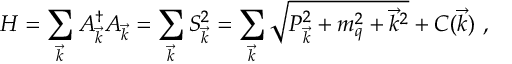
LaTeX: H = \sum _ { \vec { k } } A _ { \vec { k } } ^ { \dagger } A _ { \vec { k } } = \sum _ { \vec { k } } S _ { \vec { k } } ^ { 2 } = \sum _ { \vec { k } } \sqrt { P _ { \vec { k } } ^ { 2 } + m _ { q } ^ { 2 } + { \vec { k } } ^ { 2 } } + C ( \vec { k } ) \, \, ,